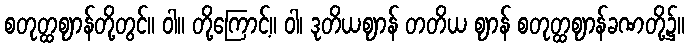
စတုတ္ထဈာန်တို့တွင်။ ဝါ။ တို့ကြောင့်။ ဝါ၊ ဒုတိယဈာန် တတိယ ဈာန် စတုတ္ထဈာန်ခဏတို့၌။